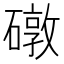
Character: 礅